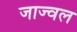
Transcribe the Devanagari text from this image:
जाज्वल